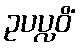
ဥပပ္လဝိံ